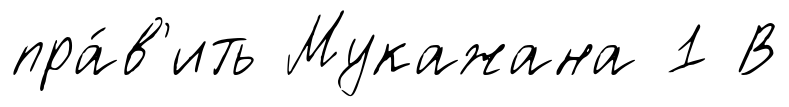
пра́в'ить Мукажана 1 В